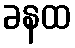
ခနထ